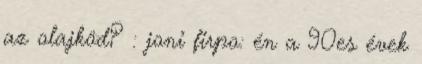
az olajköd? : joni firpo: én a 90es évek